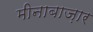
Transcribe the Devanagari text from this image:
मीनाबाज़ार